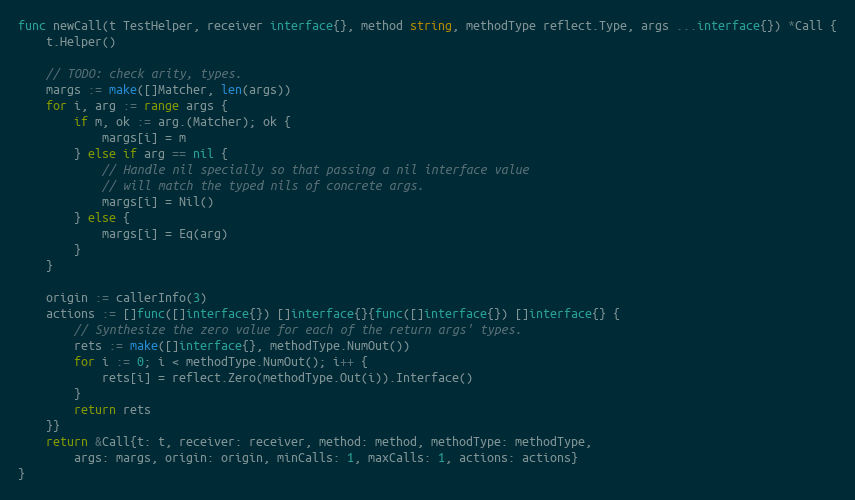
Language: Go
func newCall(t TestHelper, receiver interface{}, method string, methodType reflect.Type, args ...interface{}) *Call {
	t.Helper()

	// TODO: check arity, types.
	margs := make([]Matcher, len(args))
	for i, arg := range args {
		if m, ok := arg.(Matcher); ok {
			margs[i] = m
		} else if arg == nil {
			// Handle nil specially so that passing a nil interface value
			// will match the typed nils of concrete args.
			margs[i] = Nil()
		} else {
			margs[i] = Eq(arg)
		}
	}

	origin := callerInfo(3)
	actions := []func([]interface{}) []interface{}{func([]interface{}) []interface{} {
		// Synthesize the zero value for each of the return args' types.
		rets := make([]interface{}, methodType.NumOut())
		for i := 0; i < methodType.NumOut(); i++ {
			rets[i] = reflect.Zero(methodType.Out(i)).Interface()
		}
		return rets
	}}
	return &Call{t: t, receiver: receiver, method: method, methodType: methodType,
		args: margs, origin: origin, minCalls: 1, maxCalls: 1, actions: actions}
}